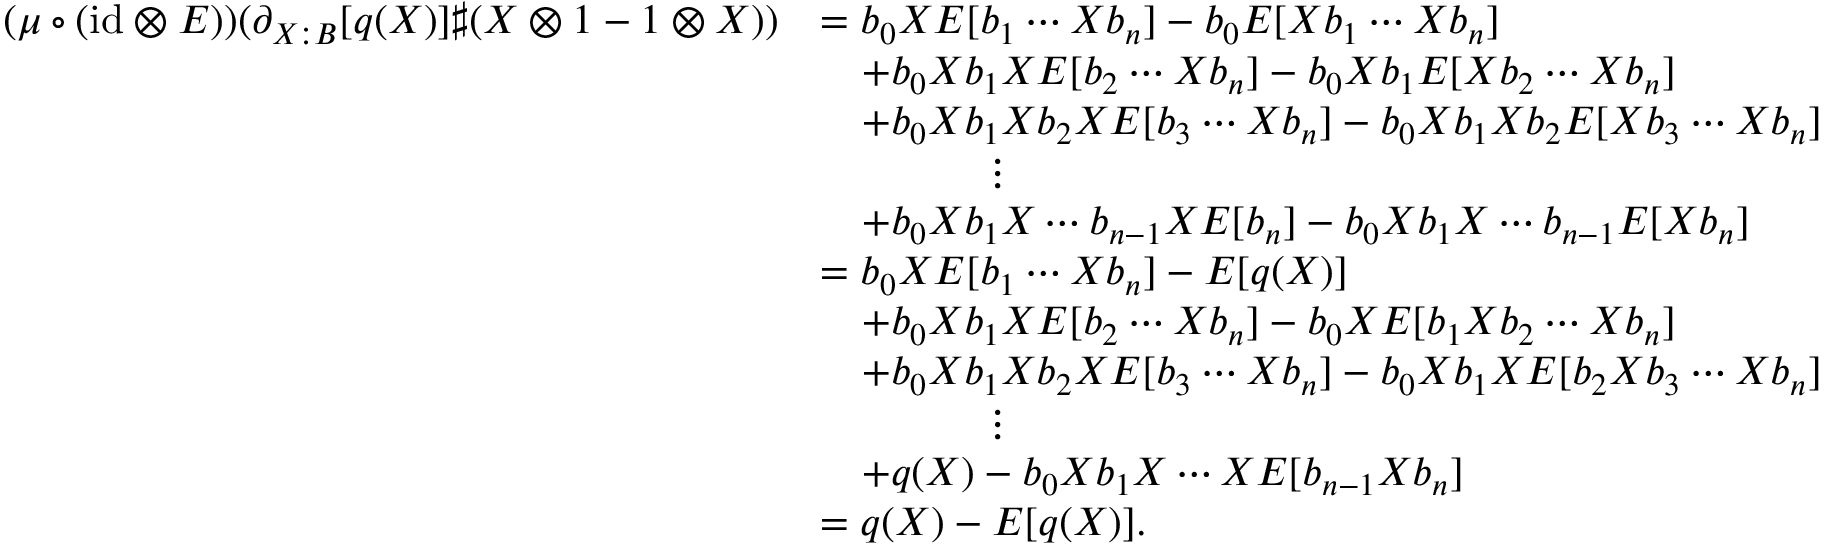
\begin{array} { r l } { ( \mu \circ ( \mathrm { i d } \otimes E ) ) ( \partial _ { X : B } [ q ( X ) ] \sharp ( X \otimes 1 - 1 \otimes X ) ) } & { = b _ { 0 } X E [ b _ { 1 } \cdots X b _ { n } ] - b _ { 0 } E [ X b _ { 1 } \cdots X b _ { n } ] } \\ & { \quad + b _ { 0 } X b _ { 1 } X E [ b _ { 2 } \cdots X b _ { n } ] - b _ { 0 } X b _ { 1 } E [ X b _ { 2 } \cdots X b _ { n } ] } \\ & { \quad + b _ { 0 } X b _ { 1 } X b _ { 2 } X E [ b _ { 3 } \cdots X b _ { n } ] - b _ { 0 } X b _ { 1 } X b _ { 2 } E [ X b _ { 3 } \cdots X b _ { n } ] } \\ & { \qquad \qquad \vdots } \\ & { \quad + b _ { 0 } X b _ { 1 } X \cdots b _ { n - 1 } X E [ b _ { n } ] - b _ { 0 } X b _ { 1 } X \cdots b _ { n - 1 } E [ X b _ { n } ] } \\ & { = b _ { 0 } X E [ b _ { 1 } \cdots X b _ { n } ] - E [ q ( X ) ] } \\ & { \quad + b _ { 0 } X b _ { 1 } X E [ b _ { 2 } \cdots X b _ { n } ] - b _ { 0 } X E [ b _ { 1 } X b _ { 2 } \cdots X b _ { n } ] } \\ & { \quad + b _ { 0 } X b _ { 1 } X b _ { 2 } X E [ b _ { 3 } \cdots X b _ { n } ] - b _ { 0 } X b _ { 1 } X E [ b _ { 2 } X b _ { 3 } \cdots X b _ { n } ] } \\ & { \qquad \qquad \vdots } \\ & { \quad + q ( X ) - b _ { 0 } X b _ { 1 } X \cdots X E [ b _ { n - 1 } X b _ { n } ] } \\ & { = q ( X ) - E [ q ( X ) ] . } \end{array}